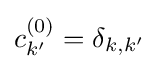
c_{k'}^{(0)}=\delta _{k,k'}